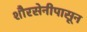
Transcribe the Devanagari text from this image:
शौरसेनीपासून